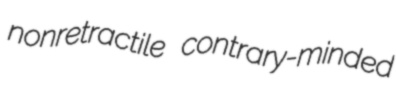
nonretractile contrary-minded